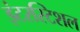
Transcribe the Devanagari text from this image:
इंटरस्टिशल